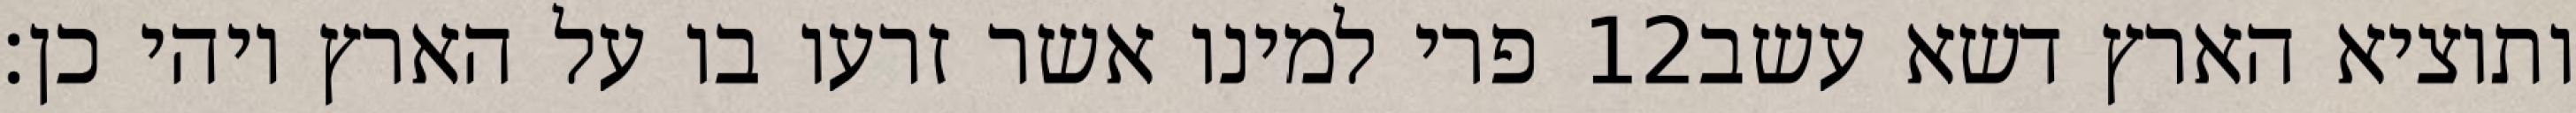
פרי למינו אשר זרעו בו על הארץ ויהי כן׃ ‎12‏ ותוציא הארץ דשא עשב